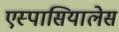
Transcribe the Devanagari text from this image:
एस्पासियालेस